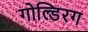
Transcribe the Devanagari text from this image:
गोल्डिरग